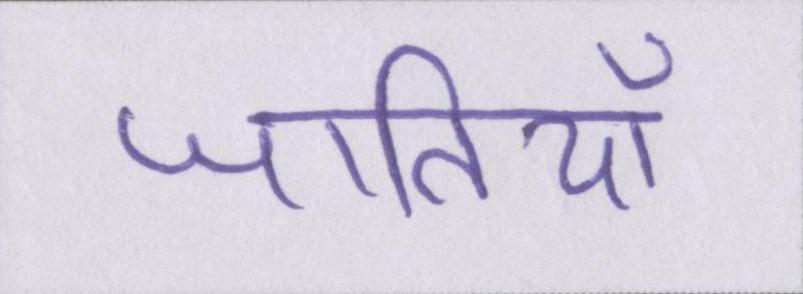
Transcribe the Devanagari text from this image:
जातियाँ